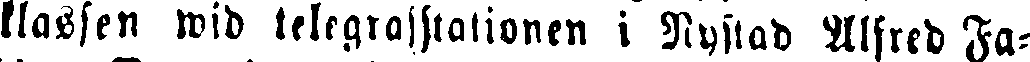
klassen wid telegrafstationen i Nystad Alfred Fa-